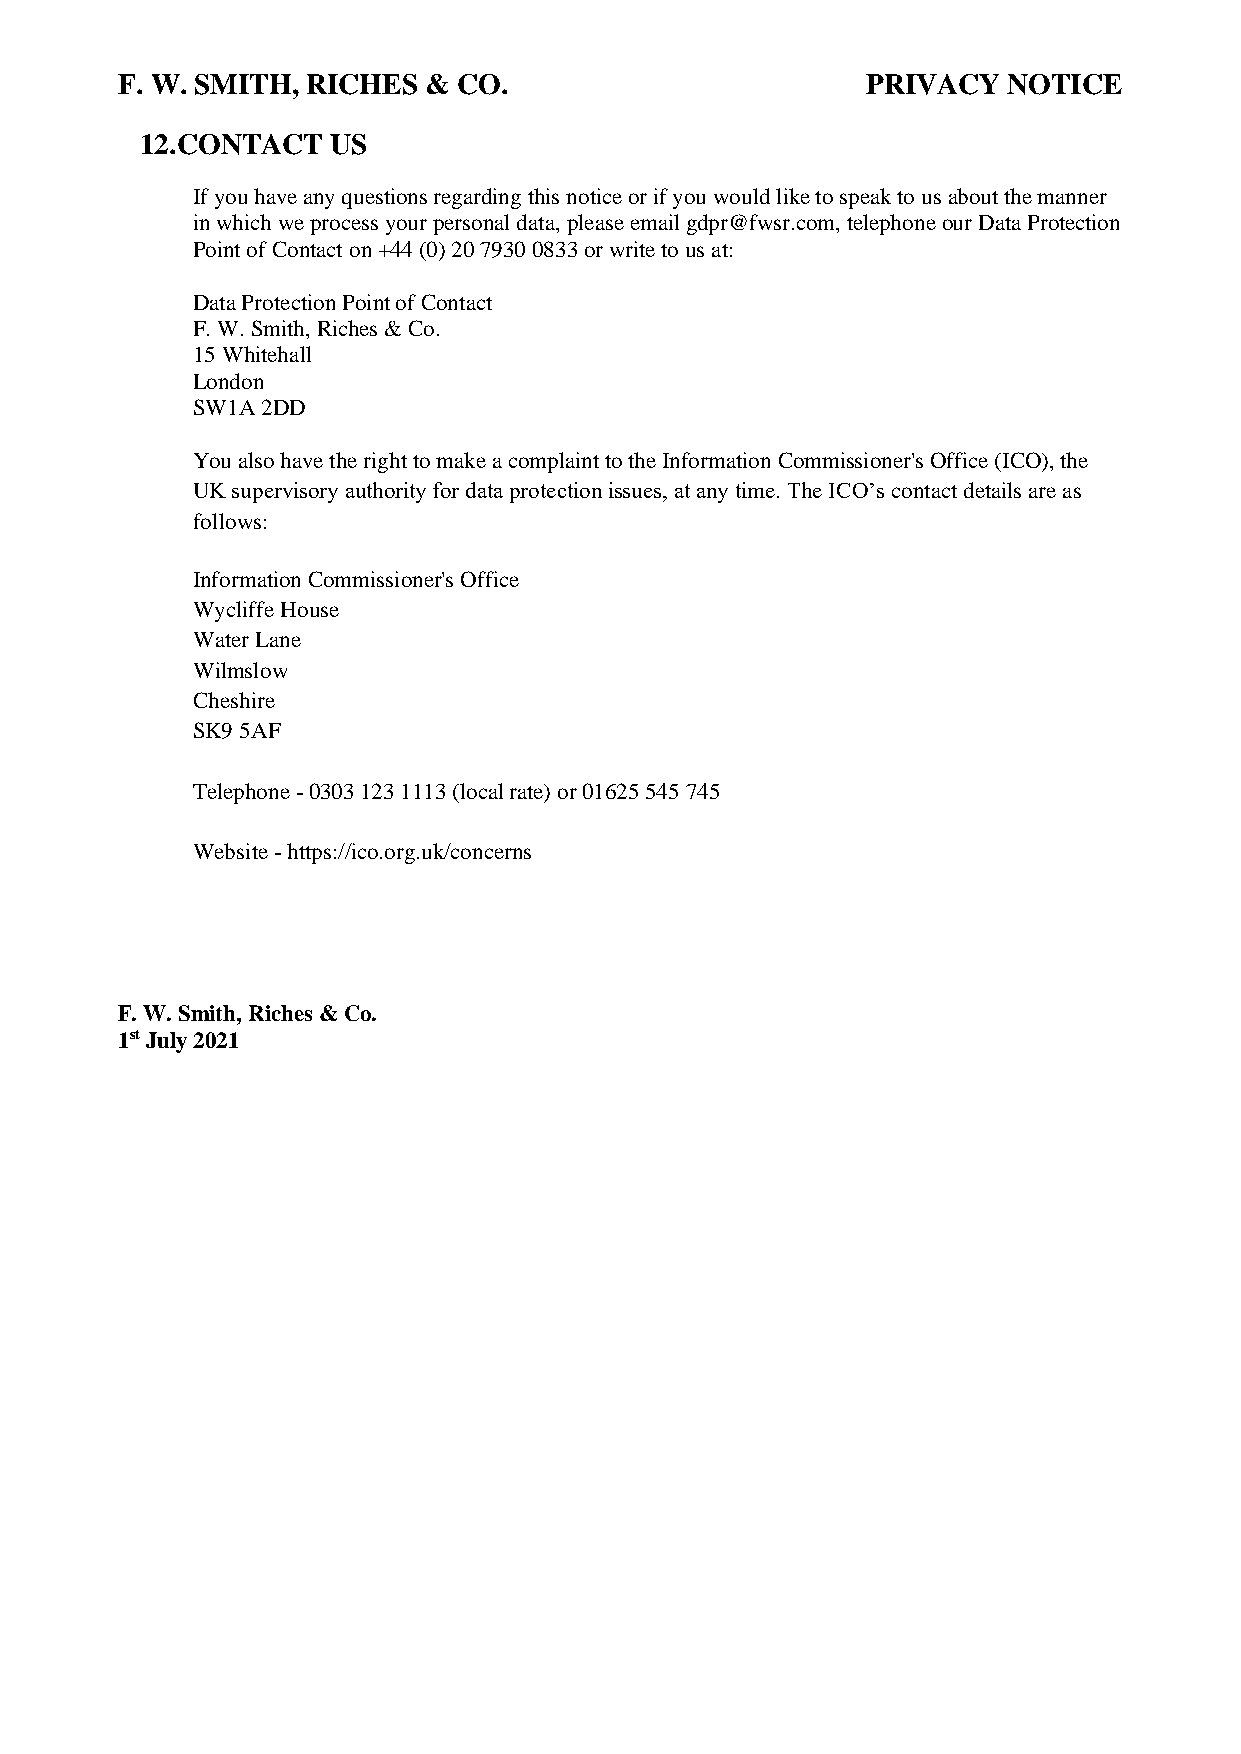
F. W. SMITH, RICHES & CO.                        PRIVACY   NOTICE
 12. CONTACT  US
 If you have any questions regarding this notice or if you would like to speak to us about the manner
 in which we process your personal data, please email gdpr@fwsr.com, telephone our Data Protection
 Point of Contact on +44 (0) 20 7930 0833 or write to us at:
 Data Protection Point of Contact
 F. W. Smith, Riches & Co.
 15 Whitehall
 London
 SW1A 2DD
 You also have the right to make a complaint to the Information Commissioner's Office (ICO), the
 UK supervisory authority for data protection issues, at any time. The ICO’s contact details are as
 follows:
 Information Commissioner's Office
 Wycliffe House
 Water Lane
 Wilmslow
 Cheshire
 SK9 5AF
 Telephone - 0303 123 1113 (local rate) or 01625 545 745
 Website - https://ico.org.uk/concerns
 F. W. Smith, Riches & Co.
 1st July 2021